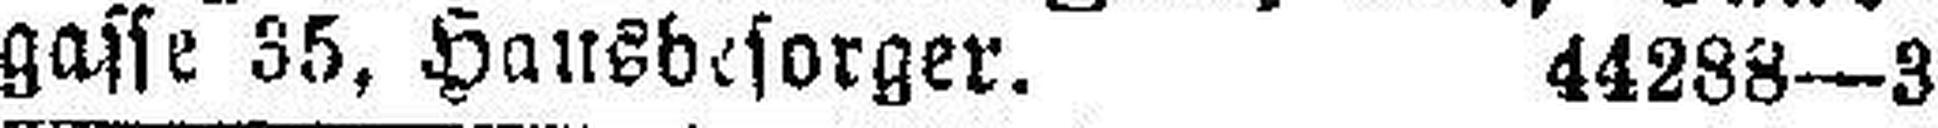
gasse 35, Hausbesorger. 44288—3